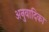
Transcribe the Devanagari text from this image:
अनुवादिका